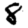
Digit: 8